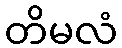
တိမလံ